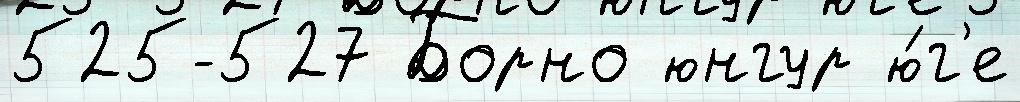
525-527 Борно юнгур ю́г'е